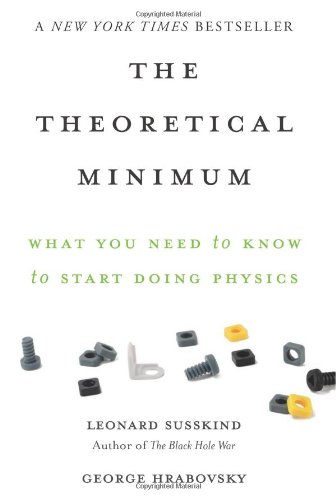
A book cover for The Theoretical Minimum: What You Need to Know to Start Doing Physics; Leonard Susskind; Science & Math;